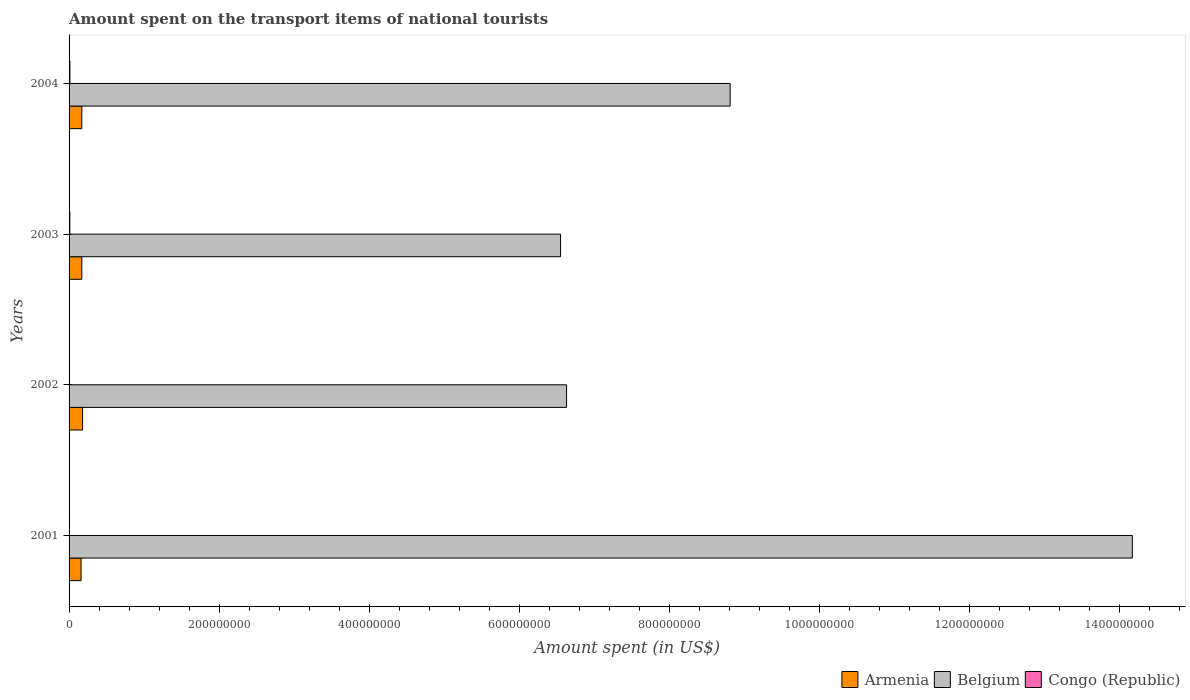
| Years | Armenia | Belgium | Congo (Republic) |
 | --- | --- | --- | --- |
 | 2001 | 1.6e+07 | 1.42e+09 | 6e+05 |
 | 2002 | 1.8e+07 | 6.63e+08 | 6e+05 |
 | 2003 | 1.7e+07 | 6.55e+08 | 1e+06 |
 | 2004 | 1.7e+07 | 8.81e+08 | 1.1e+06 |